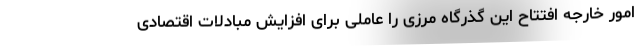
امور خارجه افتتاح این گذرگاه مرزی را عاملی برای افزایش مبادلات اقتصادی